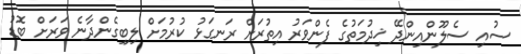
ސުއި ސެލޫންއިންދޭ ޚިދުމަތުގެ ފެންވަރު އިތުރަށް ރަނގަޅު ކުރުމަށް ލިބިގެންދާނެ ވަރަށް ބޮޑު